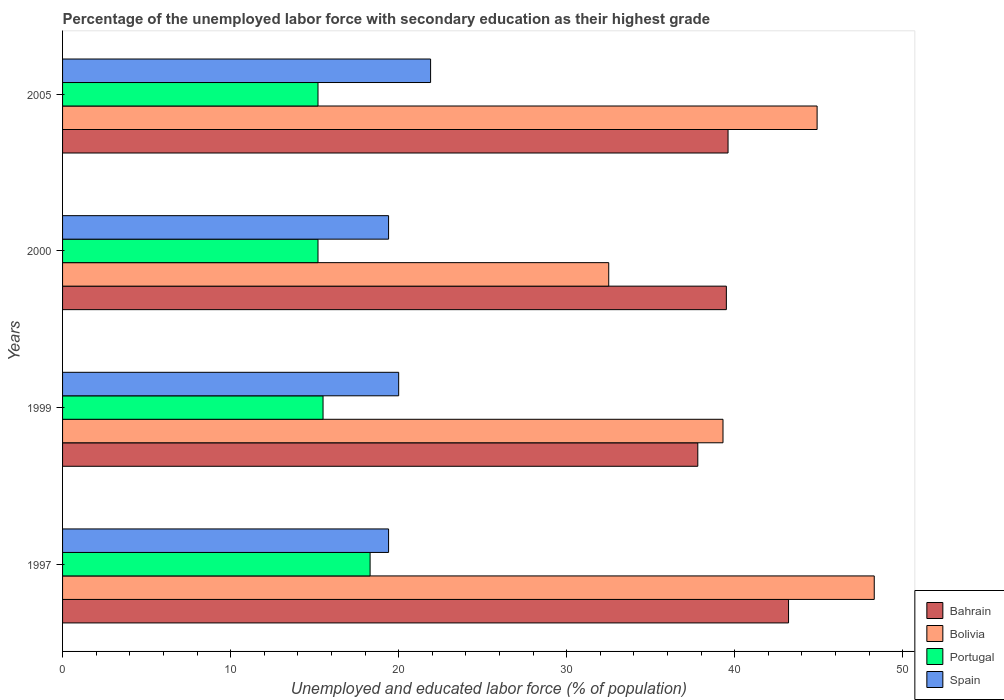
| Years | Bahrain | Bolivia | Portugal | Spain |
 | --- | --- | --- | --- | --- |
 | 1997 | 43.2 | 48.3 | 18.3 | 19.4 |
 | 1999 | 37.8 | 39.3 | 15.5 | 20 |
 | 2000 | 39.5 | 32.5 | 15.2 | 19.4 |
 | 2005 | 39.6 | 44.9 | 15.2 | 21.9 |